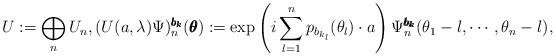
LaTeX: \begin{align*}U := \bigoplus_n U_n, (U(a,\lambda)\Psi)^{\pmb{b_k}}_n(\pmb{\theta}) := \exp \left(i \sum_{l=1}^n p_{b_{k_l}}(\theta_l) \cdot a\right) \Psi^{\pmb{b_k}}_n(\theta_1 - \l, \cdots, \theta_n - \l),\end{align*}